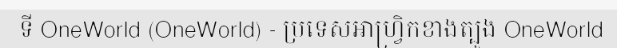
ទី OneWorld (OneWorld) - ប្រទេសអាហ្វ្រិកខាងត្បូង OneWorld